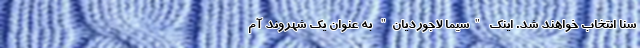
سنا انتخاب خواهند شد. اینک "سیما لاجوردیان" به عنوان یک شهروند آم